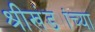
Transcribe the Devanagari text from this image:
श्रीखंड्यांच्या